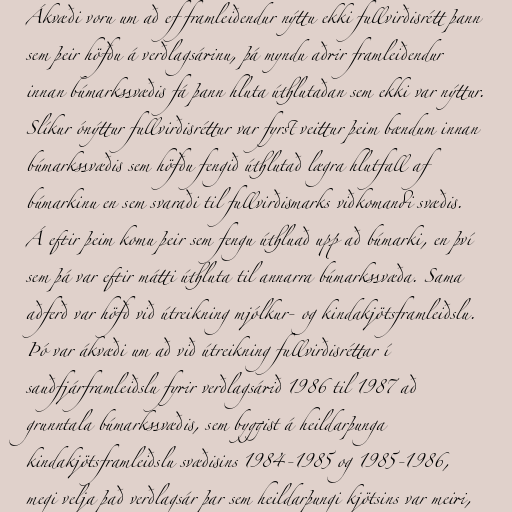
Ákvæði voru um að ef framleiðendur nýttu ekki fullvirðisrétt þann
sem þeir höfðu á verðlagsárinu, þá myndu aðrir framleiðendur
innan búmarkssvæðis fá þann hluta úthlutaðan sem ekki var nýttur.
Slíkur ónýttur fullvirðisréttur var fyrst veittur þeim bændum innan
búmarkssvæðis sem höfðu fengið úthlutað lægra hlutfall af
búmarkinu en sem svaraði til fullvirðismarks viðkomandi svæðis.
Á eftir þeim komu þeir sem fengu úthluað upp að búmarki, en því
sem þá var eftir mátti úthluta til annarra búmarkssvæða. Sama
aðferð var höfð við útreikning mjólkur- og kindakjötsframleiðslu.
Þó var ákvæði um að við útreikning fullvirðisréttar í
sauðfjárframleiðslu fyrir verðlagsárið 1986 til 1987 að
grunntala búmarkssvæðis, sem byggist á heildarþunga
kindakjötsframleiðslu svæðisins 1984-1985 og 1985-1986,
megi velja það verðlagsár þar sem heildarþungi kjötsins var meiri,